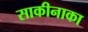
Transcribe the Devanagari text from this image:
साकीनाका